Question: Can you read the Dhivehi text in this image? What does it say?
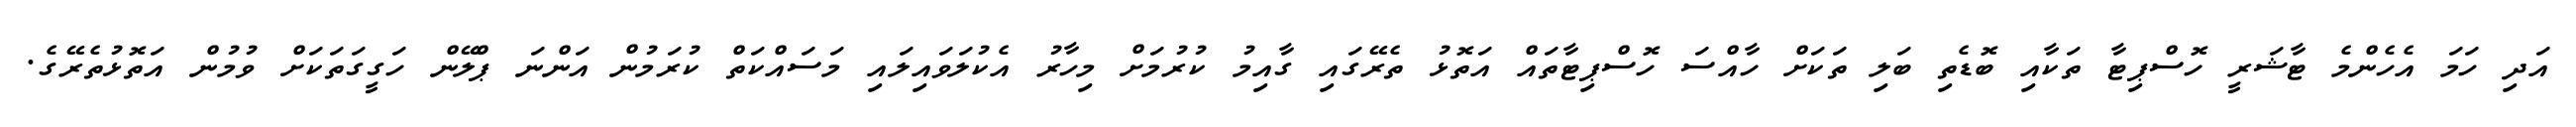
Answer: އަދި ހަމަ އެހެންމެ ޓާޝަރީ ހޮސްޕިޓާ ތަކާއި ބޮޑެތި ބަލި ތަކަށް ހާއްސަ ހޮސްޕިޓާތައް އަތޮޅު ތެރޭގައި ގާއިމު ކުރުމަށް މިހާރު އެކުލަވައިލައި މަސައްކަތް ކުރަމުން އަންނަ ޕްލޭން ހަގީގަތަކަށް ވުމުން އަތޮޅުތެރޭގެ.